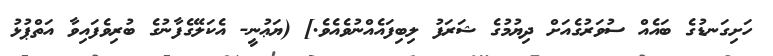
ހަށިގަނޑުގެ ބައެއް ސުވަރުގެއަށް ދިޔުމުގެ ޝަރަފު ލިބިފައެއްނުވެއެވެ.] (ޔަޢުނީ- އެކަލޭގެފާނުގެ ބުރިވެފައިވާ އަތްޕުޅު